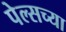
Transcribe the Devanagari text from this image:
पेल्सच्या